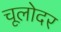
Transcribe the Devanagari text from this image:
चूलोदर